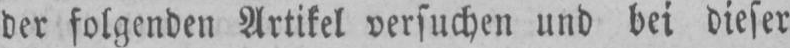
der folgenden Artikel versuchen und bei dieser